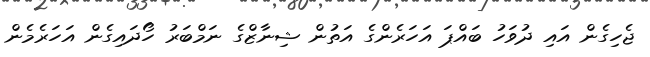
ޖެހިގެން އައި ދުވަހު ބައްޕަ އަހަރެންގެ އަތުން ޝިނާޒްގެ ނަމްބަރު ހޯދައިގެން އަހަރެމެން